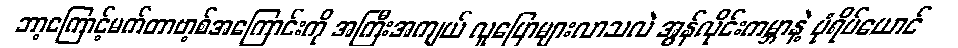
ဘာ့ကြောင့်မက်တာဗာ့စ်အကြောင်းကို အကြီးအကျယ် လူပြောများလာသလဲ အွန်လိုင်းကမ္ဘာနဲ့ ပုံရိပ်ယောင်